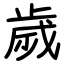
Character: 歲